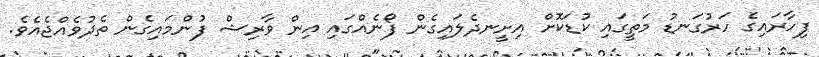
ފިހާރައިގެ ހަރުގަނޑު މަތީގައި ކުޑަކޮށް އިށީނދެލައިގެން ފޯނެއްގައި އިން ވާރިޝް ފުންމައިގެން ތެދުވެއްޖެއެވެ.